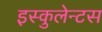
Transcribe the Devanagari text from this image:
इस्कुलेन्टस